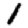
Digit: 1